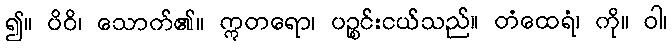
၍။ ပိဝိ၊ သောက်၏။ ဣတရော၊ ပဉ္စင်းငယ်သည်။ တံထေရံ၊ ကို။ ဝါ၊